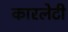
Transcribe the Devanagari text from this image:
कारलेटी